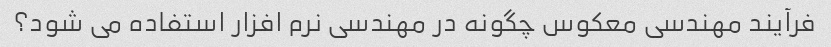
فرآیند مهندسی معکوس چگونه در مهندسی نرم افزار استفاده می شود؟